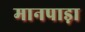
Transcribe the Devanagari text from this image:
मानपाड़ा